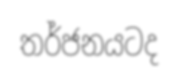
තර්ජනයටද